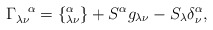
\begin{align*}\Gamma_{\lambda \nu}^{\hspace{.3 true cm} \alpha} =\{^{\alpha}_{\lambda \nu}\} + S^{\alpha}g_{\lambda \nu} - S_{\lambda} \delta^{\alpha}_{\nu}, \end{align*}